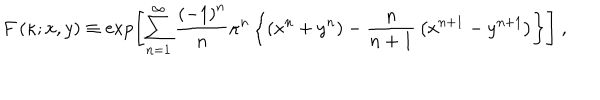
F \left( \kappa ; x , y \right) \equiv \exp \left[ \sum _ { n = 1 } ^ { \infty } { \frac { \left( - 1 \right) ^ { n } } { n } } \kappa ^ { n } \left\{ \left( x ^ { n } + y ^ { n } \right) - { \frac { n } { n + 1 } } \left( x ^ { n + 1 } - y ^ { n + 1 } \right) \right\} \right] \ ,